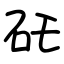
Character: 矺